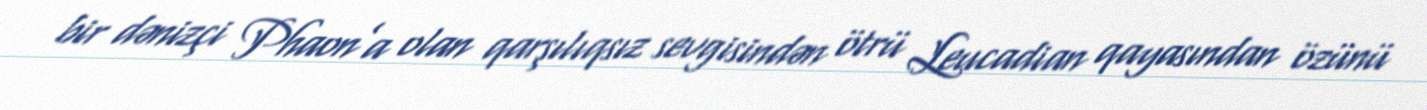
bir dənizçi Phaon’a olan qarşılıqsız sevgisindən ötrü Leucadian qayasından özünü